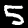
Label: 5